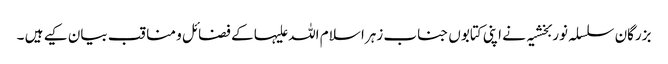
بزرگان سلسلہ نوربخشیہ نے اپنی کتابوں جناب زہرا سلام اللہ علیہا کے فضائل و مناقب بیان کیے ہیں ۔